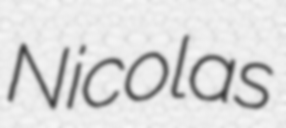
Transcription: Nicolas